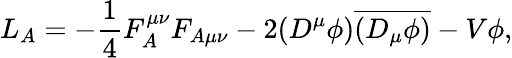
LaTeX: L_{A}=-\frac 14F_{A}^{\mu\nu}F_{A\mu\nu}-2(D^{\mu}\phi)\overline{{{(D_{\mu}\phi)}}}-V{\phi},